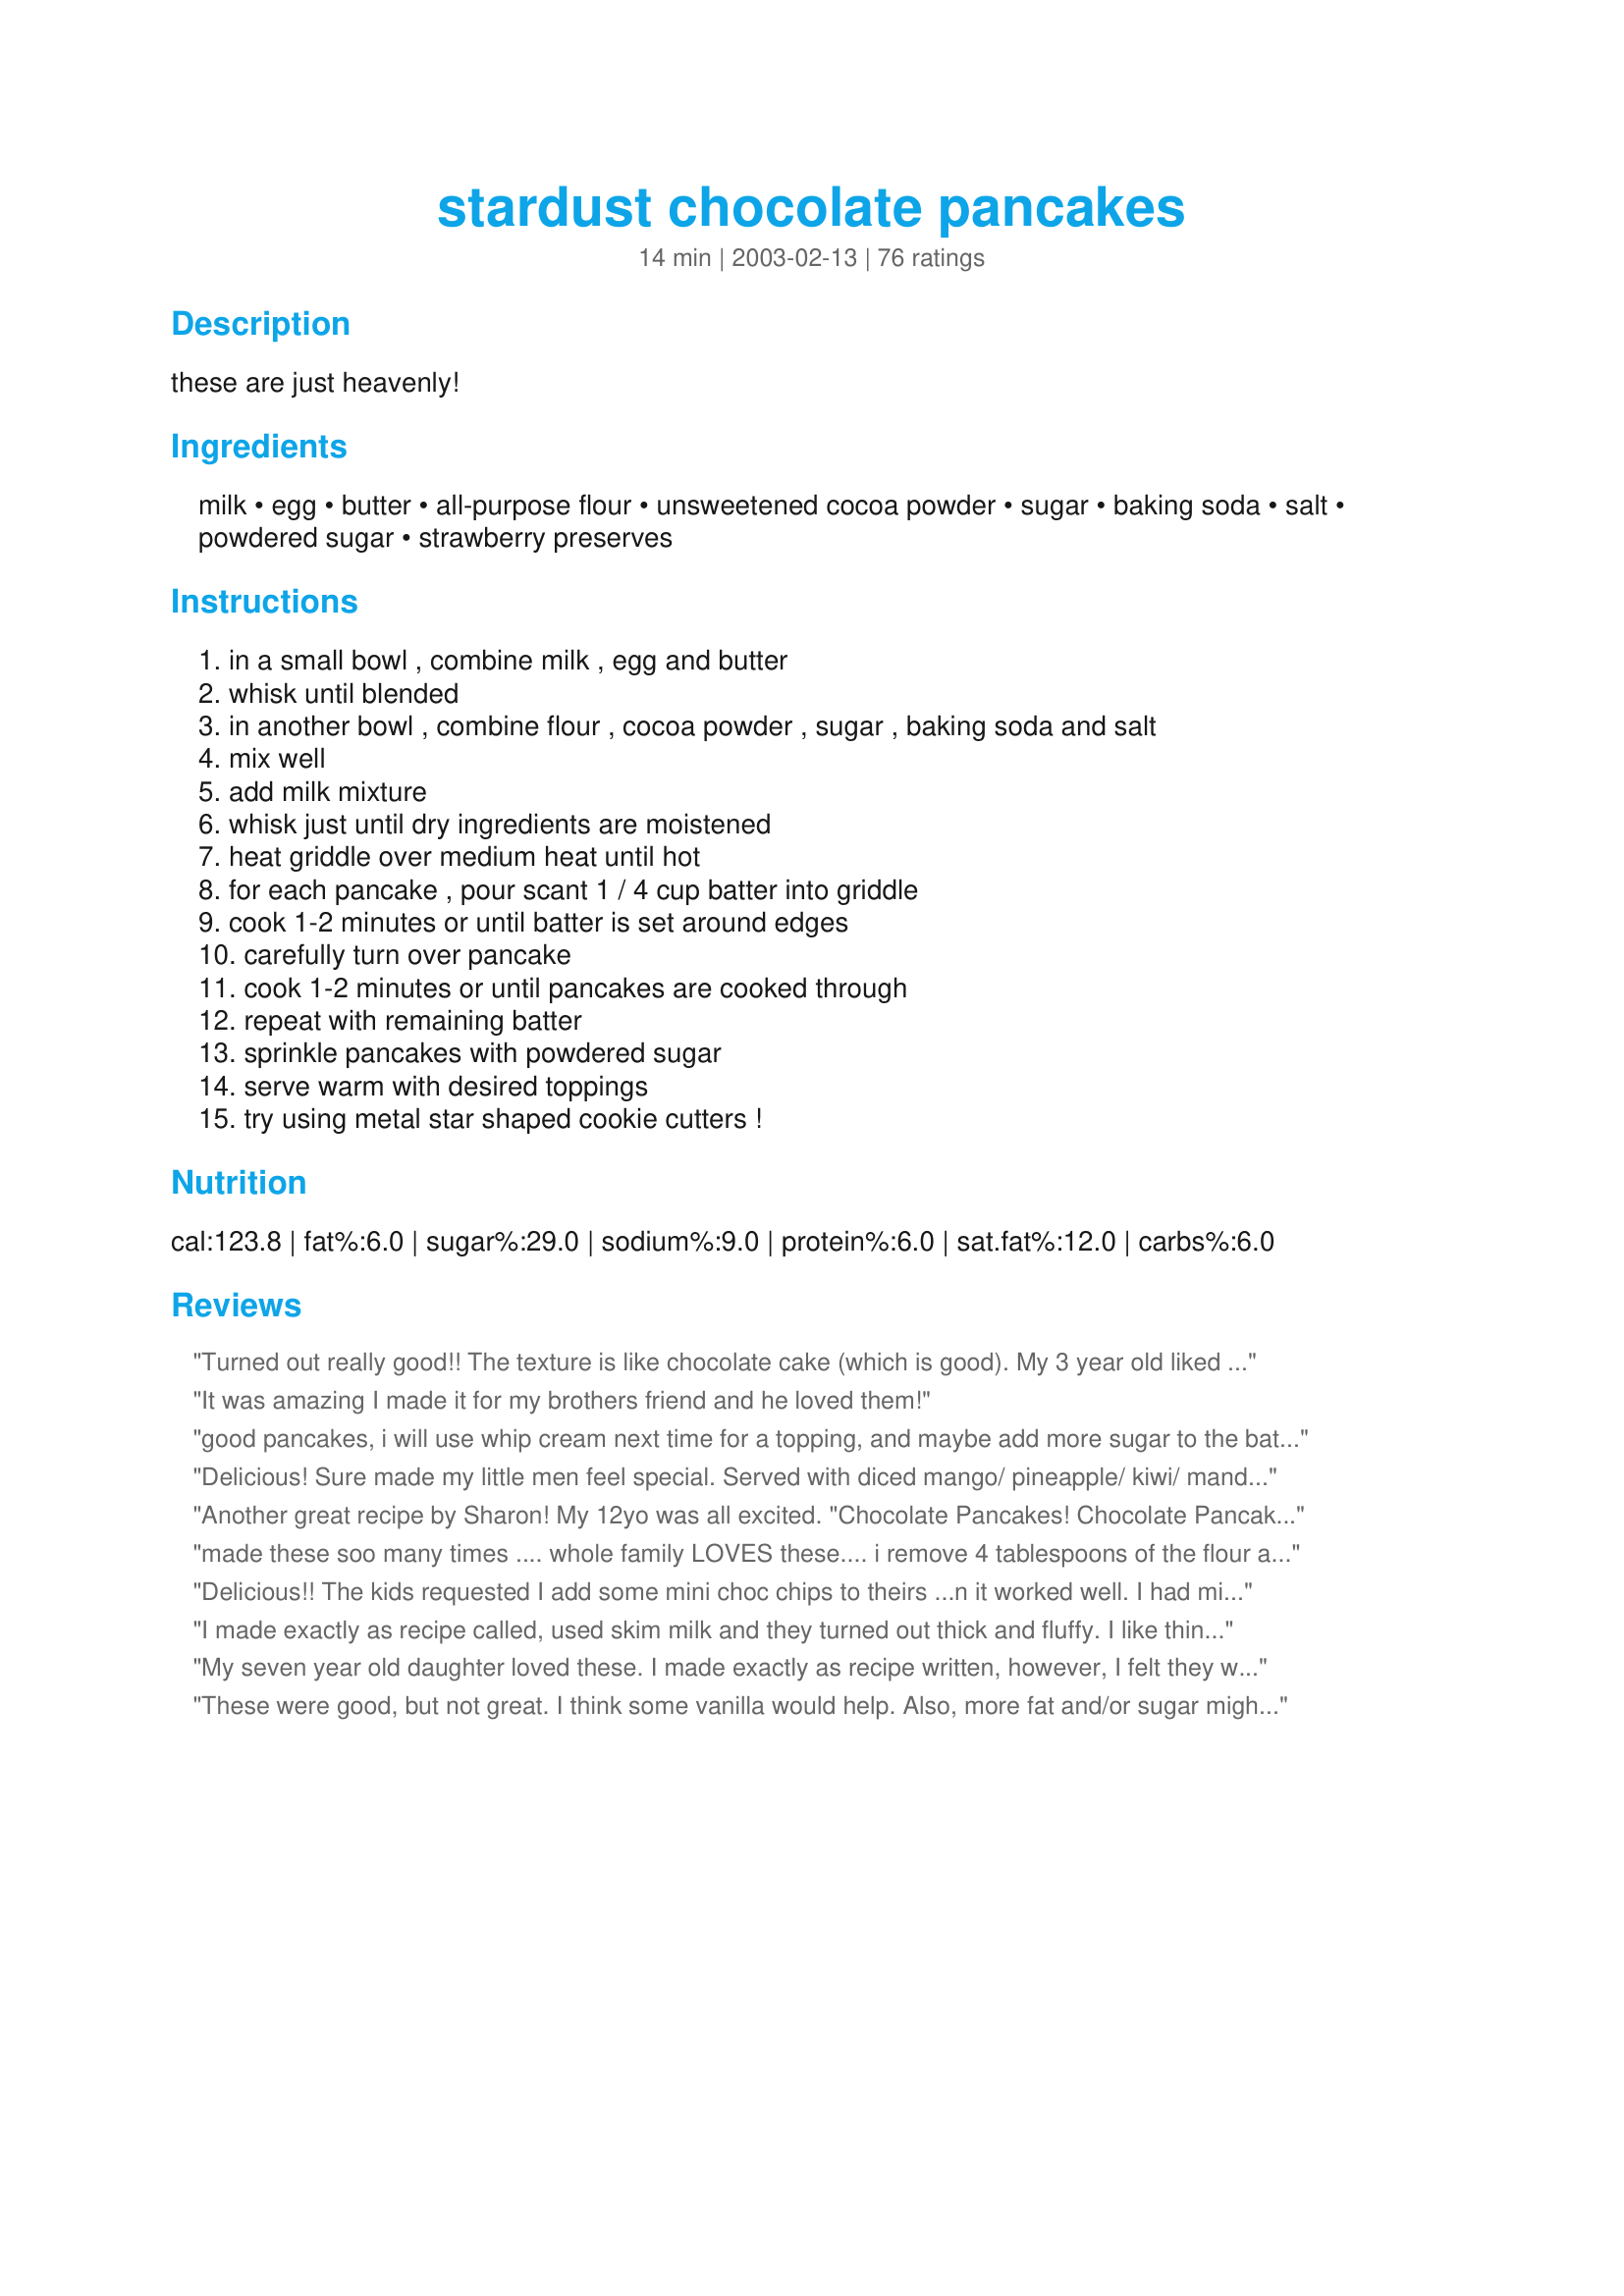
stardust chocolate pancakes
Preparation time: 14 minutes

these are just heavenly!

Ingredients:
milk, egg, butter, all-purpose flour, unsweetened cocoa powder, sugar, baking soda, salt, powdered sugar, strawberry preserves

Steps:
in a small bowl , combine milk , egg and butter, whisk until blended, in another bowl , combine flour , cocoa powder , sugar , baking soda and salt, mix well, add milk mixture, whisk just until dry ingredients are moistened, heat griddle over medium heat until hot, for each pancake , pour scant 1 / 4 cup batter into griddle, cook 1-2 minutes or until batter is set around edges, carefully turn over pancake, cook 1-2 minutes or until pancakes are cooked through, repeat with remaining batter, sprinkle pancakes with powdered sugar, serve warm with desired toppings, try using metal star shaped cookie cutters !

Reviews:
Turned out really good!! The texture is like chocolate cake (which is good). My 3 year old liked them :)
It was amazing I made it for my brothers friend and he loved them!
good pancakes, i will use whip cream next time for a topping, and maybe add more sugar to the batter.
Delicious! Sure made my little men feel special. Served with diced mango/ pineapple/ kiwi/ mandarin oranges/ banana and topped with Cool Whip. Beverage was Yummy Orange Slushies from this site. MMMMMMMMM, what a combo! Would love to have used fresh strawberries but didn't have them, but will put them on my list and make these AGAIN AND AGAIN! Thanks for posting!
Another great recipe by Sharon! My 12yo was all excited. "Chocolate Pancakes! Chocolate Pancakes!" and 4yo wanted them for lunch too. I added some chopped banana to a few of them for me too. Yummy! Recipenapped in the Veg*n Recipe Swap.
made these soo many times .... whole family LOVES these.... i remove 4 tablespoons of the flour and replace with 1 tablespoon each of flax meal, sunflower seed meal, chia meal and pumpkin seed meal.... and sprinkle with some rolled oats before flipping.... they turn out GREAT..... serve with butter and honey..... YUM YUM YUM ... thank you for this AWESOME pancake recipe... best i ever made.
Delicious!! The kids requested I add some mini choc chips to theirs ...n it worked well. I had mine without the choc chips served with whipped cream and raspberries..MMmm
I made exactly as recipe called, used skim milk and they turned out thick and fluffy. I like thinner pancakes, so I didn&#039;t add as much batter and took a spoon to flatten them. I also used cookie cutters and poured the batter inside for a fun-shaped pancake. Used melted peanut butter for a topping and whipped cream topping. Delicious!
My seven year old daughter loved these. I made exactly as recipe written, however, I felt they were a bit flat and would have enjoyed them better if they were fluffier. I will make them again but I'm going to try adding a teaspoon of baking powder and see if that helps. Thanks!
These were good, but not great. I think some vanilla would help. Also, more fat and/or sugar might have helped to bring out the chocolate flavor.
These were excellent for those of us who love chocolate! They are definitely not for people who prefer savory. These would work great as a dessert. I topped mine with just powdered sugar and I added a few chocolate chips to some of them. I liked them just as well without the extra chocolate. I felt finished after eating one and a half, and these are a lot smaller than the pancakes I usually make!
Came out fine, but they're too much like cake, not pancake like at all, they're too heavy and thick.
I made these for DD's special Birthday Breakfast. They were a hit! I think we will be using this recipe for our new family tradition. 

Thanks for posting the recipe. :0)
These are very easy to make. My family ate these so fast I did not even get to try them. Always a sure sign of a good recipe in my house. Thank for the recipe.
I followed directions went to cook them. Batter tasted horrible the outcome of the pancake was horrible. I added the amount needed for each ingredient.
I am rating these for my three boys...ages 5, 3, and 2, since chocolate really isnt my thing. My boys LOVED these. I knew my husband would too, but hes getting over the stomach flu so he didnt try them :( Put some reduced sugar strawberry preserves on it, then sprinkled powdered sugar on top. We have 5 leftover so with some eggs again thats a super simple breakfast for me to fix them. Thank you!!!!! :)
I made a strawberry compote to pour over the top of ours and then spooned some whipped cream over the strawberries. It was more like a dessert than breakfast, but who cares, they were awesome! These are great to serve when company is coming, for something different and delicious!
I tried this recipe this morning, and the result was probably the best pancakes I have ever made. I did add about a teaspoon of espresso, and refrigerated the batter for about 30 minutes before cooking. Due to the latter, my batter came out as thick as most other pancake recipes.
My cousins were in today so unexpectly i made them these chocolate pancakes for breakfast!(i doubled the recipe) They were great however the batter was a bit thick for my liking so i added more milk. Other than that it was great.(we also added a whole bunch of chocolate chips to the recipe too! we definatley got our chocolate fix this morning!)
thanks for the recipe Sharon123
These are pretty little pancakes. I made ours gluten free like Starrynews with just a bit of additional gluten free flour mix (brown rice flour, white rice flour, half the amount in tapioca starch plus a bit of guar gum) I also used carob powder in almost double the amount to be caffeine free. And since we have a lactose intolerance I used coconut milk and water for the milk, but I did use sweet butter (unsalted). I made a half batch but still used 1 large egg which worked well, brown sugar for the sugar, sea salt, plus the baking soda and powdered sugar for which I made my own in a spice mill/coffee grinder to be corn free. Served with sliced strawberries on top. I may make these again. Made for Veggie Swap 38 ~ September ~
This recipe was awesome..i added chocolate chips like others..the pancakes were fluffy and gooey.. i also served it with mixed berries and whipped cream..my husband ate it all up..thanks sharon
this were so fluffy!!!

i didn't use margarine or butter, and they still worked out so goood!

thank you!!!
These are beautiful. I put the whipped cream on top and my son said that they were just like hot chocolate.
Pretty good, easy to follow, made exactly 10 roughly 5&quot; diameter pancakes when using 1/4 measuring cup. This is the first time I've made pancakes not from a boxed mix, but they turned out pretty much like the boxed mixes (this is a good thing). Not too flat or thin, not too dense, just right with moderate amount of air pockets for fluff. Substitutions I made because of lack of ingredients (based on Google search for appropriate substitution amounts): 1/2 cup confectioners sugar instead of 1/4 cup regular white granulated sugar, and 1 tsp baking powder instead of 1/2 tsp baking soda. Not sure how these impacted the recipe, so only 4 stars as is.
Delicious pancakes!! I made 1/2 of the recipe and topped them with fresh strawberries, powdered sugar and whipped topping, so good!!! What a great way to start off my New Year's Eve morning!!! Thanks for sharing the recipe. Made for Stars Tag Game.
Ok, have to admit that I made a few changes but then they turned out great! 
1) I love my regular pancake recipe so much that I was nervous to try a different method. This means that I used buttermilk and baking powder instead of regular milk and soda. They turned out wonderfully fluffy!
2) I tasted the batter before cooking it (of course!) and it was bitter. So I doubled the sugar and they tasted awesome! I felt guilty because it tasted like I was eating a brownie for breakfast! But man were they good!
Wow! heavenly doesnt even describe how delicious these are! I actually made these for dessert tonight haha! I added chocolate chips to the pancakes, but other than that I did everything exactly as stated. I didnt have strawberry preserves, and wanted something to add, so I used strawberry pie filling/topping..and some sliced strawberries. The powdered sugar was beautiful dusted over the pancakes, and the whipped cream was a wonderful touch. Thanks for this recipe!!! Definitely will be making this again ;-)
So delicious and chocolatey (but not too much!) moist and fluffy. My family loved them.
I added overripe, mashed bananas to mine and mmm heaven.
Thanks for sharing this delicious recipe!
Delicious. I garnished the pancakes with banana and whipped cream. Thanks Sharon :) Made for Zaar Star Game.
Delicious! Made these for my 3-yr-old son and 2-yr-old nephew this morning, and cut them into heart shapes for Valentines Day. These two picky eaters scarfed them down in no time! Thanks for posting. :)
I made these for a late lunch, my DH loved them, thanks for sharing hon!...Kitten:)
I liked these as long as they were topped with whipped cream and chocolate chips. They would have been even better with fresh strawberries and bananas, but I didn't have any on hand. In order for me to LOVE a pancake recipe though they have to taste great all by themselves, and I didn't like these very well plain. I think if I had mixed in some mini chocolate chips like some of the other reviewers did they would have been much better plain. But....I was trying not to add too much extra fat & calories, so I was hoping they'd be good all by themselves. All in all a good Saturday brunch, but next time I will be sure to have the strawberries and bananas to top them with!
Whoa. These are totally AWESOME!!! Only, I did make some necessary changes...&lt;br/&gt;I used brown sugar instead of white because that&#039;s all I&#039;ve got. Same with whole wheat flour instead of white. Hrrrrr... I also doubled the baking powder (sorry!) and added an extra 1/8 cup sugar... it was pretty bitter. I know I&#039;m a stickler for making a recipe by the ink FIRST, THEN modifying... but this time was an exception. The baking powder didn&#039;t lift enough with whole wheat so I had to add more.&lt;br/&gt;Psssh, that didn&#039;t matter. These were amaaaaaaazing!! I&#039;m definitely makin&#039; these again. Ahahahaha.
I made these for my daughter (the chocolate lover!) this morning, and she gave them the thumbs up! I did also add some mini chocolate chips right before the flip. Thanks for sharing this recipe!
5 full stars!!! Just beautiful (:
Wonderful, beautiful, & romantic. Perfect for a special Valentine's breakfast or an elegant brunch. These were light and fluffy, and not too sweet. They were really delicious and looked so gorgeous when garnished with some sugared sliced berries, a dusting of powdered sugar, and a dollop of homemade whipped cream. (see photo once it appears)
Beautiful and delicious pancakes. Thanks for posting this. My husband and I got to escape for a weekend and had the use of our friends cabin. I made these for a romantic breakfast and it was stunning to look at and scrumptious tasting. I highly recommend this for any romantic occasion. I sprinkled with powdered sugar, topped with some whipped cream and a few sliced strawberries.
These were delish! The perfect amount of chocolate for us. I would have given it five stars, but from the pictures, I was expecting a thicker pancake. Mine was very thin. I doubled checked everything and made a second batch, and still thin. Next time I'll increase the dry amounts. Definitely needs whipped cream!!
Tasty little pancakes. Served these for breakfast with choice of raspberry jam or strawberries and whipped cream. Surprisingly the kids didn't really care for them. Next time I'd add some mini chocolate chips and serve for dessert. Thanks for sharing the recipe!
These were beyond delicious. I just added some chocolate chips to make them double chocolate, and doubled the baking soda to make them extra fluffy. Tasted just like a chocolate cake, which is just how I like my pancakes!
Very good, and very rich. You'll only be able to stand two at a time, but they sure do do away with monotony. Not to mention chocolate cravings. Thumbs up!
Does not yeild 10 I got about 5 out of it
Taste was perfect, but batter was too thin. I suggest using less milk or a little bit more flour.
So delicious, Sharon!!!! We added mini chocolate chips, and topped with powdered sugar, whipped cream and a drizzle of strawberry syrup!!! Divine, Diva!!!!
Wow! Great recipe. I made some changes to make it a little more guiltless: subbed whole wheat pastry flour, used 1/3 cup Splenda & subbed applesauce for the butter. After trying the recipe, as is, which was delicious-I added 1 1/2 mashed banana, which made it even more delicious! I also tried adding 1/4 cup mini choc chips & it was also a great addition. I loved how versatile this recipe was to allow me these changes & not sacrifice the taste I was looking for. I omitted the powdered sugar & it works fine, for anyone watching their sugar intake! Sugar free maple syrup adds enough additional sweetness! Thank you for sharing.
My 2-year-old daughter LOVED these for a special weekend breakfast treat. For DH and I, I used some strawberry rhubarb preserves, which gave them a really nice tang to accompany the sweetness. For my daughter, I topped the pancakd with cool whip and chopped up Dove chocolate. She thought it was heaven on earth! Thanks for the great recipe.
These were E-X-C-E-L-L-E-N-T! Made them as part of our Christmas morning breakfast and my teenager was in love with them! I used a little vegetable oil in place of the butter and added a handful of dark chocolate chips. I served these with frozen strawberries that I mashed up a little and they had plenty of liquid and sweetness. a keeper for sure!
I appreciated this quick and easy way to get breakfast on the table quick. I served these with homemade strawberry jam and fresh whipped cream. Everyone loved them! Thanks Sharon!
Once in a while I make a special treat for my family for breakfast. This looked like a great recipe so I gave it a try. Loved these! They were so good it was almost like having dessert for breakfast. I served them with a light dusting of powdered sugar and some fresh sliced strawberries. This is one of those recipes that would be fun to play with. Next time, I'd like to try adding some mini choc. chips to the batter or maybe a mashed banana. Definately a recipe I'll make again. Thank's Sharon!!
Flavour was good; topped with dried cherries, toasted almonds, and a drizzle of chocolate syrup. You definitely need to have a solid pancake flipping technique to get these turned over without a mess.
These were awesome! Used unbleached all purpose flour, and my five year old thought I was Mom of the Year when I put a little bit of Hershey's syrup on the top, whipped cream and jimmies:) Thanks so much for a great recipe Sharon!!
They taste really yummy but since they're so thin it's kind of hard to flip them. So make sure to make them small.
One word...yummmmy!! 
Made piggy pancakes for my DS - served with fruit and (lo cal) whipped cream. Now, I need a nap!! :) Thank you for a lovely morning, we even had fun making them!
These taste really good with banana and syrup!
We loved these! The powdered sugar makes them look so nice, and the chocolate flavor is wonderful. I easily made these gluten free by subbing in my gf flour blend in. I served with raspberry syrup - lovely combo! Thanks for sharing. Veg*n Swap 36
Good. Kids loved them. They have a passion for chocolate like their mother!
I love these pancakes, they are not too sweet and not too bitter just the perfect blend. I made them exactly as directed. The kids gobbled them up for breakfast with powdered sugar then for snack later in the day with blackberryjam. Thanks for a great recipe
Perfection that is all that can be said :)
The batter does come out thin and the pancakes spread a lot, but they certainly do taste good. I put Ghirardelli dark chocolate chips in mine while they were cooking and topped them with whipped cream before I served them. They were delicious! <br/><br/>When my mom visited last month they were a HUGE hit with her. She doesn't like thick, dry pancakes so the thinner batter was just fine by her. She scarfed them down and told me I "have to make them every time" she visits!<br/><br/>This recipe makes a good amount of pancakes, and since it uses only one egg, can't be halved. However, the batter stores well in an airtight container in the refrigerator and tasted just as delicious the next day. (If you're brave enough, you can pour the batter into in a zip-top baggie, then snip the bottom when you're ready to cook more for easy pouring.) <br/><br/>I recommend trying this recipe for yourself because it's worth the effort. (Seriously, who needs boxed or bagged pancake mix?!)<br/><br/>I'm going to experiment with different toppings like Nutella, almonds, walnuts, etc to see which combination I like best. Enjoy!
These were very good, made them for my daughter because she loves pancakes and she asked for seconds which never happens with this girl!!
Loved the taste! I would have liked them fluffier, so next time I'll add more flour and some baking powder too. Had them with sour plum jam, but these pancakes need whipping cream. I just saw that another reviewer praised them for being fluffy, so maybe I did something wrong.
Maybe it was me, or my ingredients, but I tried this recipe 2 times, and my family agreed that we just didn't think they had a lot of chocolate flavor. The pancakes were very light and fluffy, wonderful texture. The presentation was lovely as well.
Made these as a treat for my 5 year old..needless to say she was most impressed..."super yummy pancakes" in her words...thanks Sharon!
I made these for my kids and their friends after a slumber party so I tripled the recipe. I only made one change and that was to use a 1:1 ratio of plain yogurt in place of the butter/margarine. I don't know if that was the reason or not, but I had no issues with batter thickness like so many others did. It ended up being like cake batter and got a little thicker as it sat. They were a definate hit. I served them with strawberry jam and white chocolate chips sprinkled on top.
So delicious did not need syrup for these pancakes. In fact syrup made it taste awful. Pancake looks like a chocolate cake.
Served with strawberry sauce and whipped cream. Special treat for a special occasion - only gets 4 stars because the kids thought there was too much chocolate ?!!!?
Love these pancakes. very tasty, I served them with raspberry preserves and whipped cream a very nice treat! Thanks Sharon for another great recipe.
Loved these pancakes! I made a fresh strawberry puree and topped with whipped cream for a breakfast delight that won't be forgotten! We enjoyed these so much!
What a wonderful treat!. I made enough for 4 pancakes and needed to add just a bit more milk to thin the batter ( about 1-1 1/2 tbsp). I got the most scrumptious deep chocolate pancakes that were pure heaven. I replaces the ask for butter with 1 1/2 tsp of walnut oil, used Splenda for the sugar and topped them with Splenda cinnamon. Thanks you Sharon for a recipe of pure delight.
Great taste. I added Choc chips after tryin the first cooking plain and it's thumbs up for the Chips....thanks love4culinary.
These were great. I did add a teaspoon of vanilla extract because I found them to be very rich when I tasted the batter. They cooked perfectly, better than most pancake recipes I&#039;ve made. I spread a very thin layer of peanut butter (mostly to add a little protein) in between each pancake and topped with fresh strawberries and whipped topping. I was like having a light delicious chocolate strawberry shortcake for breakfast. Now it&#039;s time for a nap!
These were absolutely decadent! I served them with the powdered sugar and some cherry syrup and I was in heaven! Whip cream would have put them over the top, but I didn't have any. Next time! These are going in my Six Stars cook book!
This made a delicious Valentine's Day breakfast! I served these delightful chocolatey pancakes with sliced bananas and whipped cream. We enjoyed them very much.
My kids asked for these pancakes every morning, so I triple the recipe and freeze for breakfast and snacks during the week. I substitute whole wheat flour for AP flour, pureed dates for the sugar and yogurt for the butter. We spread with peanut butter, almond butter or Nutella and eat for snacks as well as breakfast. Awesome recipe!
Nice! Not too sweet. My hubby and toddler gobbled them down.
These turned out aweswome! My son picked these for a birthday breakfast. I was so glad he did! We topped them with powdered sugar and lite whipped cream. They were so yummy! Thanks for a great recipe!
